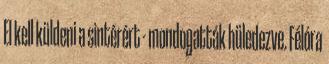
El kell küldeni a sintérért - mondogatták hüledezve. Félóra